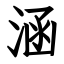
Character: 涵